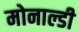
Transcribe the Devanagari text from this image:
मोनाल्डी